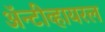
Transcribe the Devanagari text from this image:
अॅन्टीव्हायरल